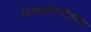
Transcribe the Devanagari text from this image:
पित्तवाहिनीशोथ